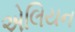
એલિયન